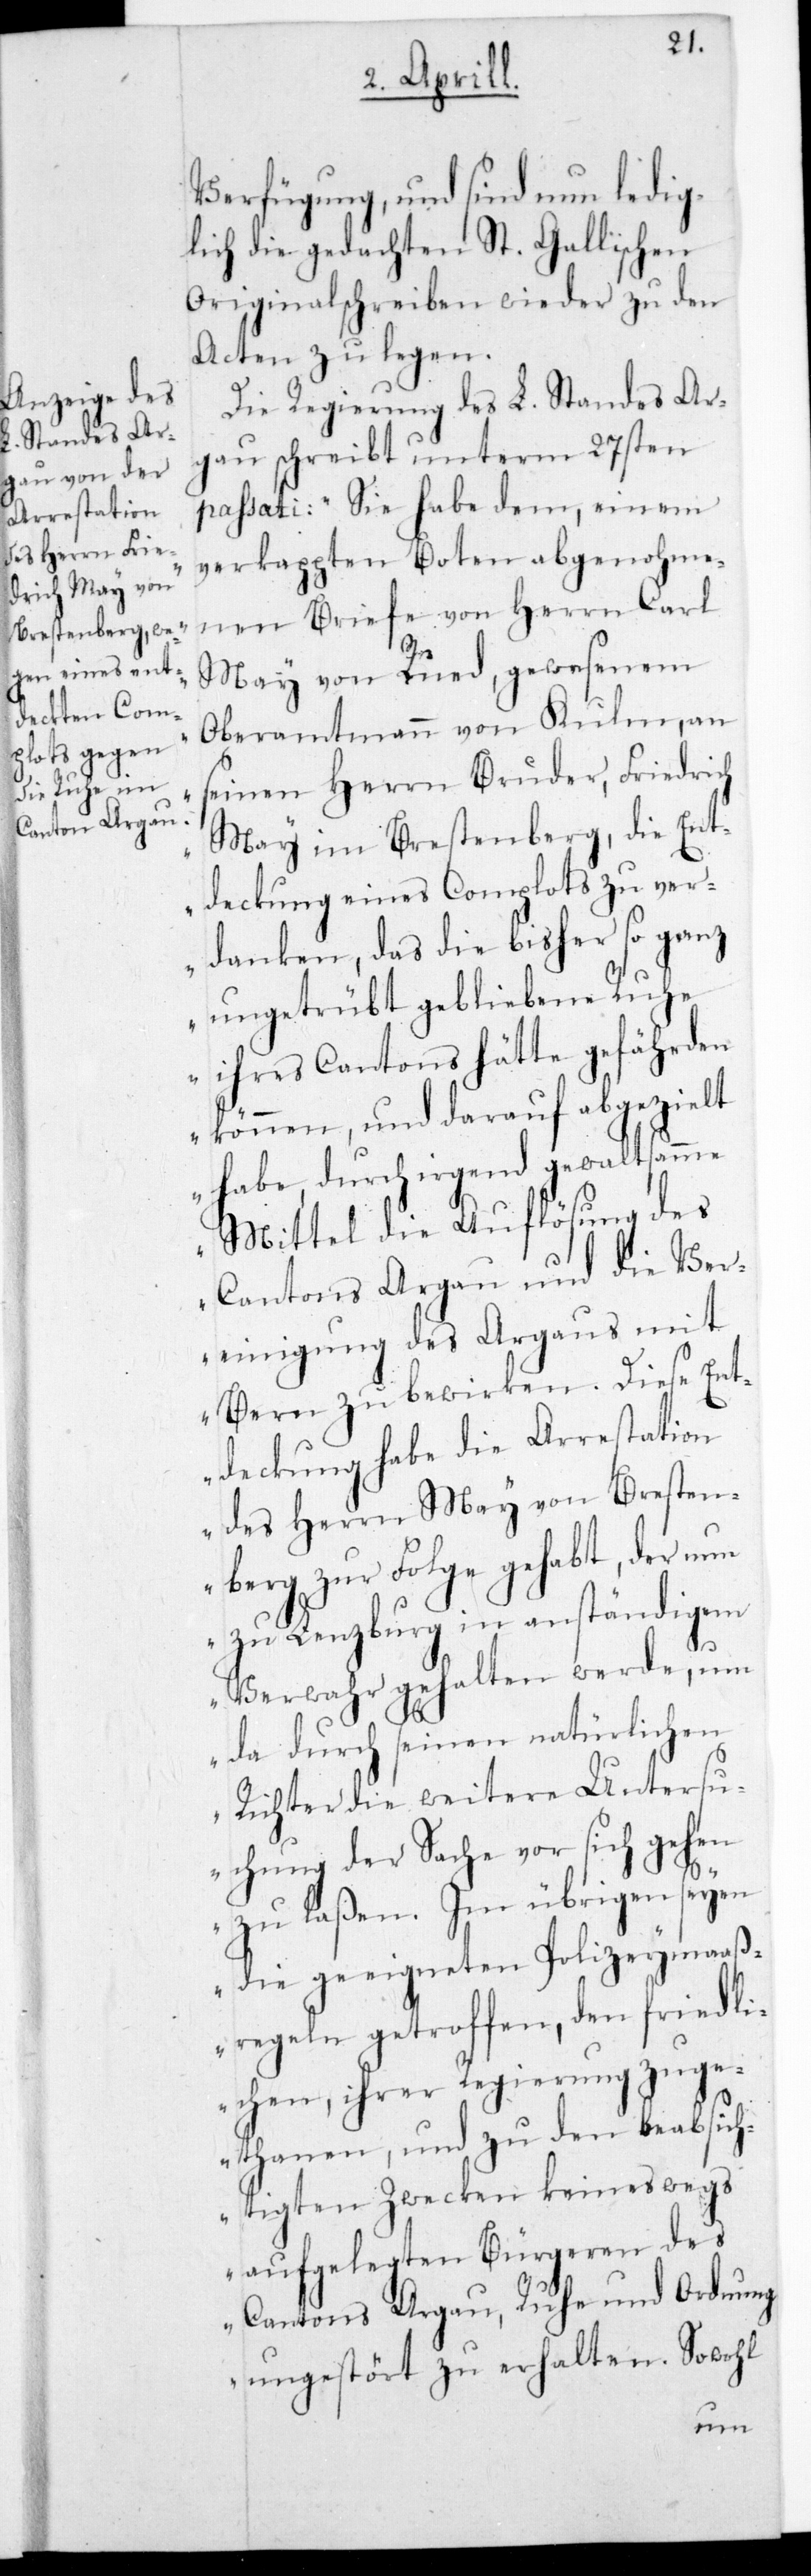
Verfügung und sind nun ledig¬
lich die gedachten St. Gallischen
Originalschreiben wieder zu den
Acten zu legen.
Die Regierung des L. Standes Ar¬
gau schreibt unterm 27sten
passati: „Sie habe dem, einem
verkappten Boten abgenohme¬
nen Briefe von Herrn Carl
May von Rued, gewesenem
Oberamtmann von Kulm, an
seinen Herrn Bruder Friedrich
May im Brestenberg, die Ent¬
deckung eines Complots zu ver¬
danken, das die bisher so ganz
ungetrübt gebliebene Ruh¬
e ihres Cantons hätte gefährden
können, und darauf abgezielt
Mittel die Auflösung des
Cantons Argau und die Ver¬
einigung des Argaus mit
Bern zu bewirken. Diese Ent¬
deckung habe die Arrestation
des Herrn May von Bresten¬
berg zur Folge gehabt, der nun
zu Lenzburg in anständigem
Verwahr gehalten werde, um
da durch seinen natürlichen
Richter die weitere Untersu¬
chung der Sache vor sich gehen
zu laßen. Im Übrigen seyen
die geeigneten Polizeymaaß¬
regeln getroffen, den friedli¬
chen, ihrer Regierung zuge¬
tanen, und zu den beabsich¬
tigten Zwecken keineswegs
aufgelegten Bürgeren des
Cantons Argau, Ruhe und Ordnung
ungestört zu erhalten. Sowohl